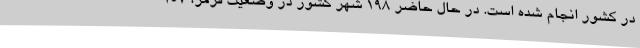
در کشور انجام شده است. در حال حاضر ۱۹۸ شهر کشور در وضعیت قرمز، ۱۵۷